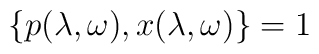
\{ p(\lambda,\omega),x(\lambda,\omega)\}=1